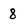
Character: 8